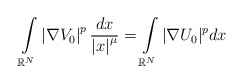
\begin{align*}\int\limits_{\mathbb{R}^{N}}\left\vert \nabla V_{0}\right\vert ^{p}\frac{dx}{\left\vert x\right\vert^{\mu}}=\int\limits_{\mathbb{R}^{N}}|\nabla U_{0}|^{p}dx\end{align*}